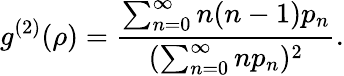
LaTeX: g^{(2)}(\rho)=\frac{\sum_{n=0}^{\infty}n(n-1)p_{n}}{(\sum_{n=0}^{\infty}np_{n})^{2}}.